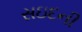
સઇદની